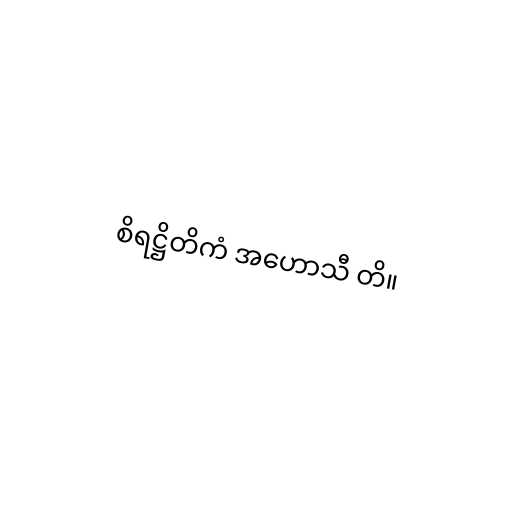
စိရဋ္ဌိတိကံ အဟောသီ တိ။